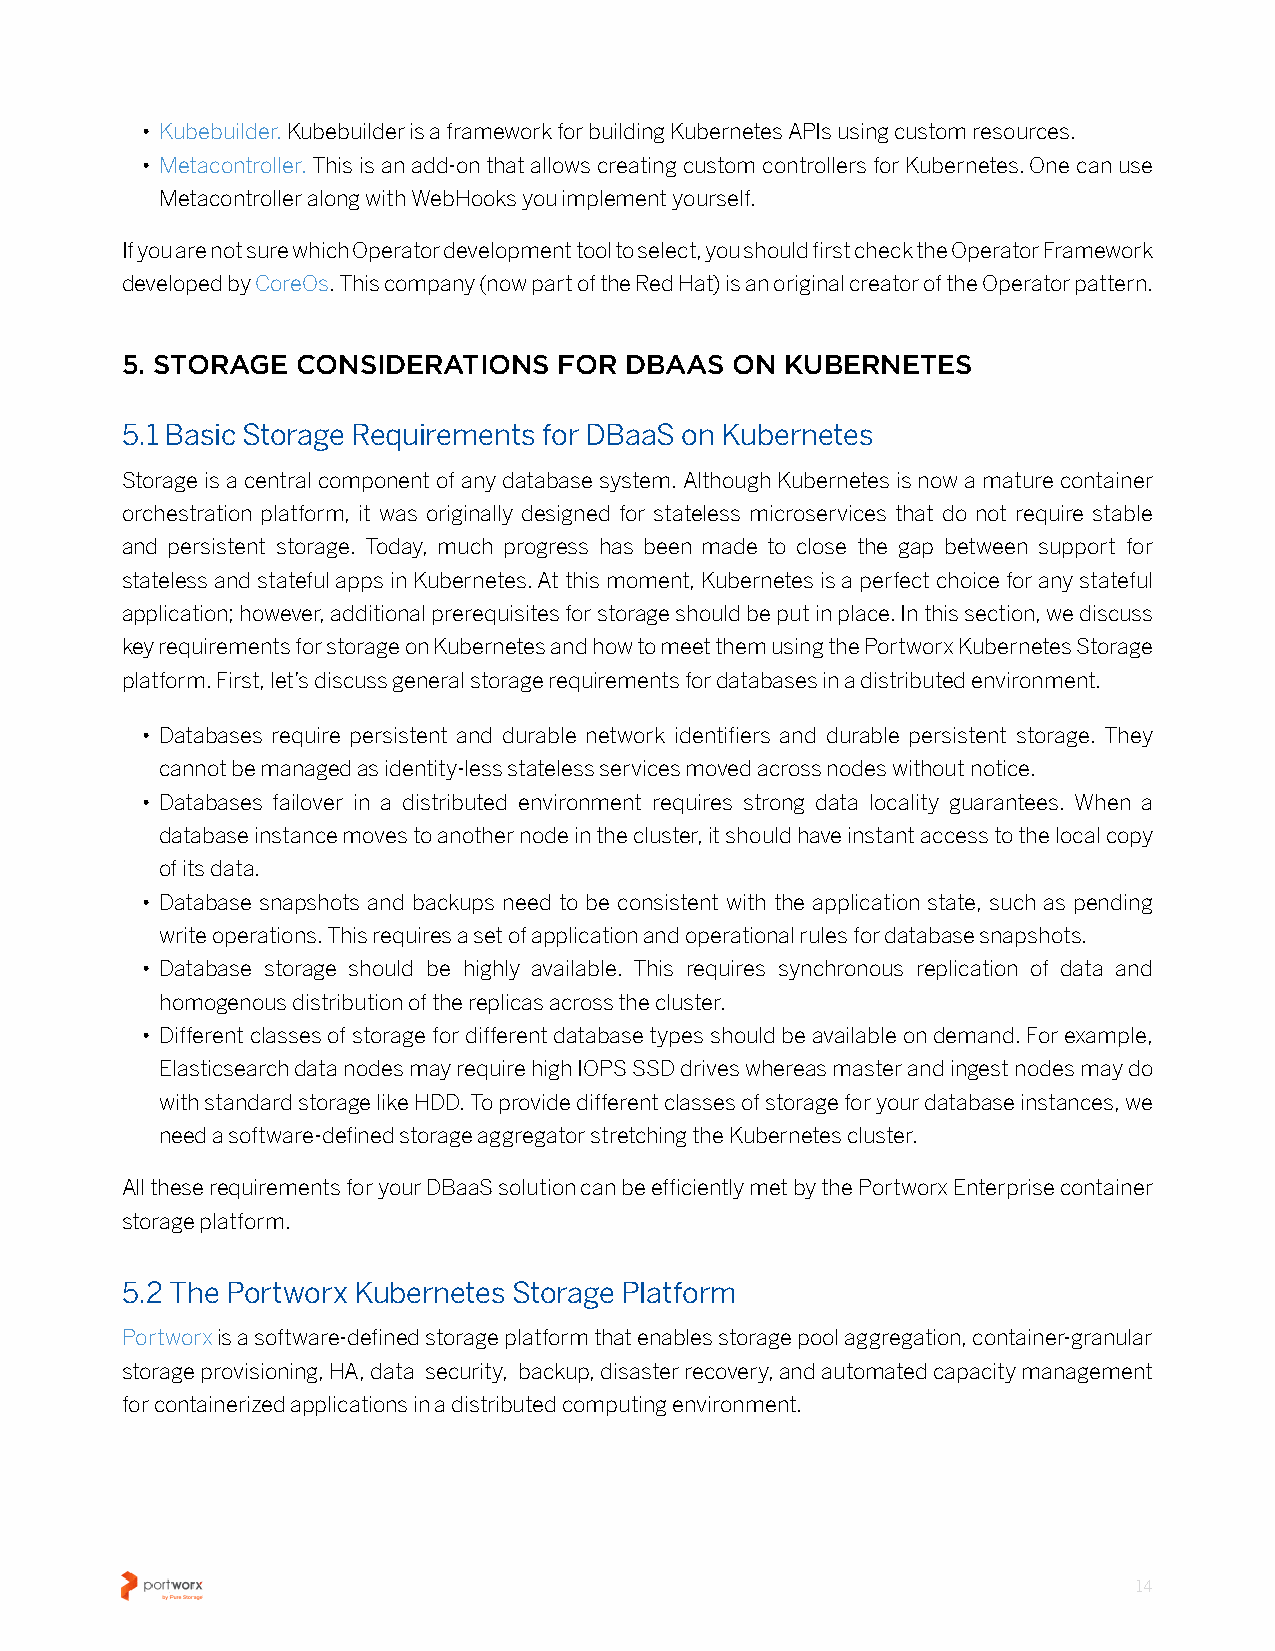
• Kubebuilder� Kubebuilder is a framework for building Kubernetes APIs using custom resources�
 • Metacontroller� This is an add-on that allows creating custom controllers for Kubernetes� One can use
 Metacontroller along with WebHooks you implement yourself�
 If you are not sure which Operator development tool to select, you should first check the Operator Framework
 developed by CoreOs� This company (now part of the Red Hat) is an original creator of the Operator pattern�
 5. STORAGE  CONSIDERATIONS   FOR DBAAS  ON  KUBERNETES
 5.1 Basic Storage Requirements for DBaaS on Kubernetes
 Storage is a central component of any database system� Although Kubernetes is now a mature container
 orchestration platform, it was originally designed for stateless microservices that do not require stable
 and persistent storage� Today, much progress has been made to close the gap between support for
 stateless and stateful apps in Kubernetes� At this moment, Kubernetes is a perfect choice for any stateful
 application; however, additional prerequisites for storage should be put in place� In this section, we discuss
 key requirements for storage on Kubernetes and how to meet them using the Portworx Kubernetes Storage
 platform� First, let’s discuss general storage requirements for databases in a distributed environment�
 • Databases require persistent and durable network identifiers and durable persistent storage� They
 cannot be managed as identity-less stateless services moved across nodes without notice�
 • Databases failover in a distributed environment requires strong data locality guarantees� When a
 database instance moves to another node in the cluster, it should have instant access to the local copy
 of its data�
 • Database snapshots and backups need to be consistent with the application state, such as pending
 write operations� This requires a set of application and operational rules for database snapshots�
 • Database storage should be highly available� This requires synchronous replication of data and
 homogenous distribution of the replicas across the cluster�
 • Different classes of storage for different database types should be available on demand� For example,
 Elasticsearch data nodes may require high IOPS SSD drives whereas master and ingest nodes may do
 with standard storage like HDD� To provide different classes of storage for your database instances, we
 need a software-defined storage aggregator stretching the Kubernetes cluster�
 All these requirements for your DBaaS solution can be efficiently met by the Portworx Enterprise container
 storage platform�
 5.2 The Portworx Kubernetes Storage Platform
 Portworx is a software-defined storage platform that enables storage pool aggregation, container-granular
 storage provisioning, HA, data security, backup, disaster recovery, and automated capacity management
 for containerized applications in a distributed computing environment�
 14